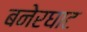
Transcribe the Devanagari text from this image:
बनेरघाट